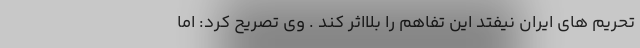
تحریم های ایران نیفتد این تفاهم را بلااثر کند . وی تصریح کرد: اما